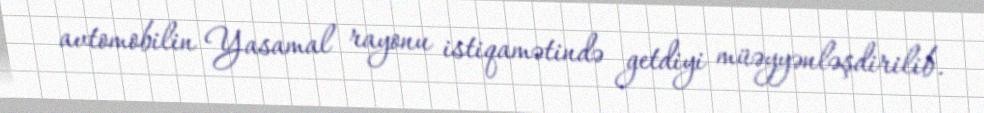
avtomobilin Yasamal rayonu istiqamətində getdiyi müəyyənləşdirilib.